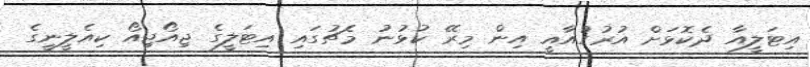
އިޓަލީއާ ދެކޮޅަށް އުރުގުއާއީ އިން މިރޭ ކުޅުނު މެޗުގައި އިޓަލީގެ ޖިއޯޖިއޯ ކިއެލީނީގެ